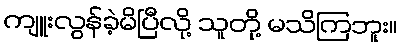
ကျူးလွန်ခဲ့မိပြီလို့ သူတို့ မသိကြဘူး။